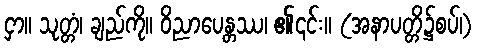
ငှာ။ သုတ္တံ၊ ချည်ကို။ ဝိညာပေန္တဿ၊ ၏၎င်း။ (အနာပတ္တိ၌စပ်၊)